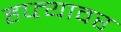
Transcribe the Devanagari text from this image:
हप्त्यावर